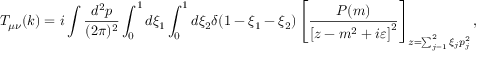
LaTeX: T _ { \mu \nu } ( k ) = i \int \frac { d ^ { 2 } p } { ( 2 \pi ) ^ { 2 } } \int _ { 0 } ^ { 1 } d \xi _ { 1 } \int _ { 0 } ^ { 1 } d \xi _ { 2 } \delta ( 1 - \xi _ { 1 } - \xi _ { 2 } ) \left[ \frac { P ( m ) } { \left[ z - m ^ { 2 } + i \varepsilon \right] ^ { 2 } } \right] _ { z = \sum _ { j = 1 } ^ { 2 } \xi _ { j } p _ { j } ^ { 2 } } ,